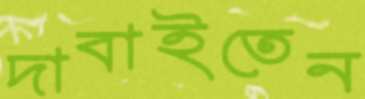
দাবাইতেন